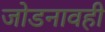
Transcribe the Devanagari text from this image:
जोडनावही